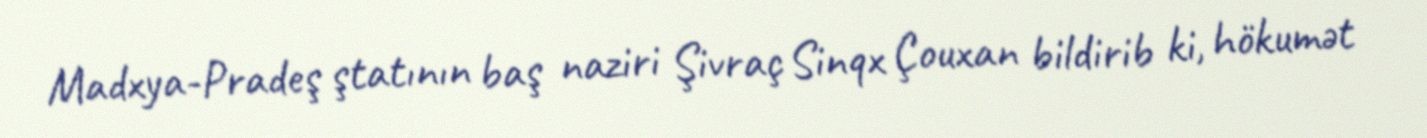
Madxya-Pradeş ştatının baş naziri Şivraç Sinqx Çouxan bildirib ki, hökumət